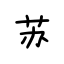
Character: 苏